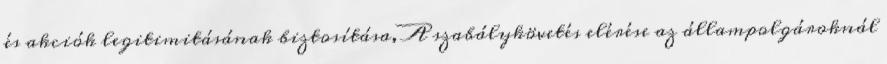
és akciók legitimitásának biztosítása, A szabálykövetés elérése az állampolgároknál